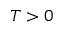
T > 0